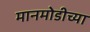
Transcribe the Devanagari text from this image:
मानमोडीच्या